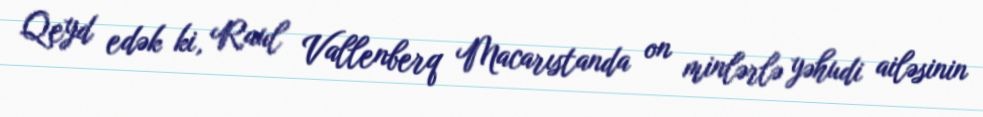
Qeyd edək ki, Raul Vallenberq Macarıstanda on minlərlə yəhudi ailəsinin